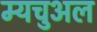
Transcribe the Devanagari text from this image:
म्यचुअल